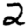
Digit: 2